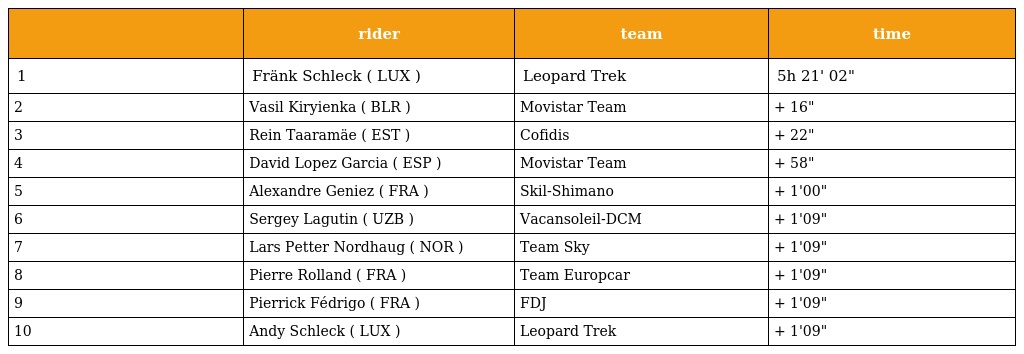
|  | rider | team | time |
 | --- | --- | --- | --- |
 | 1 | Fränk Schleck ( LUX ) | Leopard Trek | 5h 21' 02" |
 | 2 | Vasil Kiryienka ( BLR ) | Movistar Team | + 16" |
 | 3 | Rein Taaramäe ( EST ) | Cofidis | + 22" |
 | 4 | David Lopez Garcia ( ESP ) | Movistar Team | + 58" |
 | 5 | Alexandre Geniez ( FRA ) | Skil-Shimano | + 1'00" |
 | 6 | Sergey Lagutin ( UZB ) | Vacansoleil-DCM | + 1'09" |
 | 7 | Lars Petter Nordhaug ( NOR ) | Team Sky | + 1'09" |
 | 8 | Pierre Rolland ( FRA ) | Team Europcar | + 1'09" |
 | 9 | Pierrick Fédrigo ( FRA ) | FDJ | + 1'09" |
 | 10 | Andy Schleck ( LUX ) | Leopard Trek | + 1'09" |